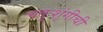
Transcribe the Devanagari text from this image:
चतुःशृंगीची